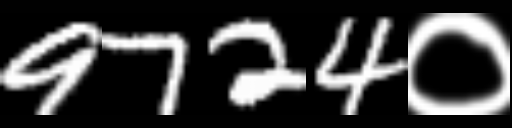
Text: 9724०